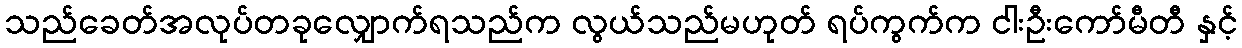
သည်ခေတ်အလုပ်တခုလျှောက်ရသည်က လွယ်သည်မဟုတ် ရပ်ကွက်က ငါးဦးကော်မီတီ နှင့်